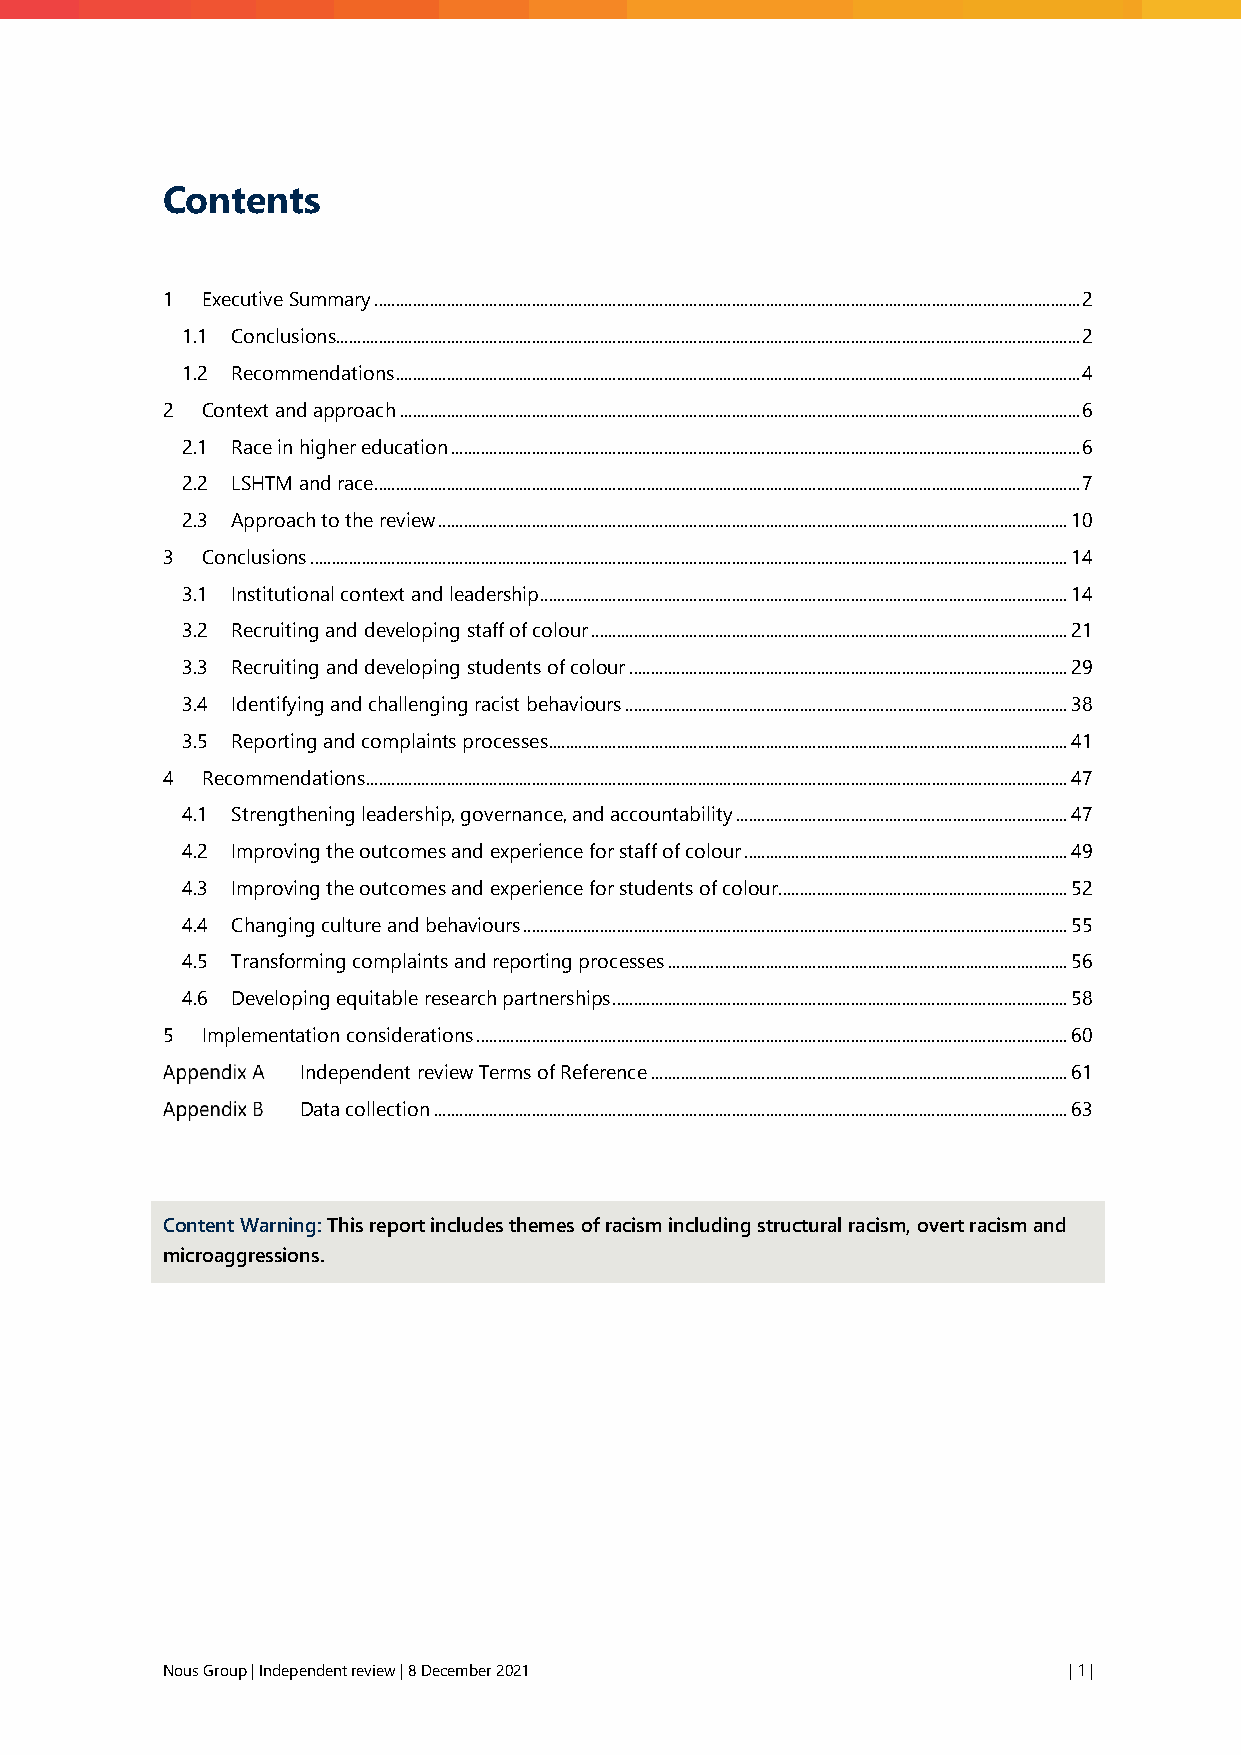
Contents
 1 Executive Summary ...................................................................................................................................................................... 2
 1.1 Conclusions............................................................................................................................................................................... 2
 1.2 Recommendations ................................................................................................................................................................. 4
 2 Context and approach ................................................................................................................................................................ 6
 2.1 Race in higher education .................................................................................................................................................... 6
 2.2 LSHTM and race ...................................................................................................................................................................... 7
 2.3 Approach to the review .................................................................................................................................................... 10
 3 Conclusions .................................................................................................................................................................................. 14
 3.1 Institutional context and leadership ............................................................................................................................ 14
 3.2 Recruiting and developing staff of colour ................................................................................................................ 21
 3.3 Recruiting and developing students of colour ....................................................................................................... 29
 3.4 Identifying and challenging racist behaviours ........................................................................................................ 38
 3.5 Reporting and complaints processes .......................................................................................................................... 41
 4 Recommendations ..................................................................................................................................................................... 47
 4.1 Strengthening leadership, governance, and accountability .............................................................................. 47
 4.2 Improving the outcomes and experience for staff of colour ............................................................................ 49
 4.3 Improving the outcomes and experience for students of colour.................................................................... 52
 4.4 Changing culture and behaviours ................................................................................................................................ 55
 4.5 Transforming complaints and reporting processes .............................................................................................. 56
 4.6 Developing equitable research partnerships ........................................................................................................... 58
 5 Implementation considerations ........................................................................................................................................... 60
 Independent review Terms of Reference .................................................................................................. 61
 Data collection ..................................................................................................................................................... 63
 Content Warning: This report includes themes of racism including structural racism, overt racism and
 microaggressions.
 Nous Group | Independent review | 8 December 2021           | 1 |